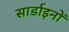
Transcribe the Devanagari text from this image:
सार्डाइनों